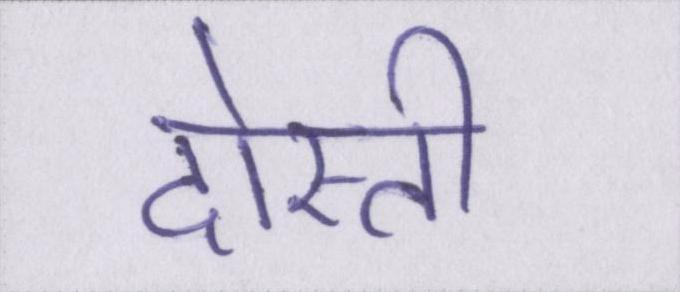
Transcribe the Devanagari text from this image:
दोस्ती